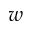
\boldsymbol { w }